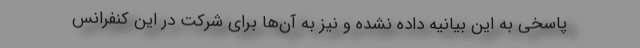
پاسخی به این بیانیه داده نشده و نیز به آن‌ها برای شرکت در این کنفرانس